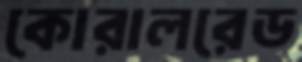
কোরালরেড